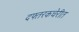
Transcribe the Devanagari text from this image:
दफ्तरकचेरीत